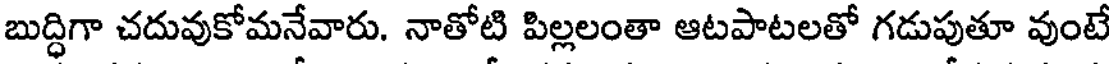
బుద్ధిగా చదువుకోమనేవారు. నాతోటి పిల్లలంతా ఆటపాటలతో గడుపుతూ వుంటే